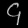
Digit: ၄